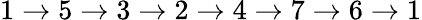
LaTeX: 1\to 5\to 3\to 2\to 4\to 7\to 6\to 1